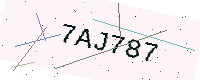
Text: 7AJ787